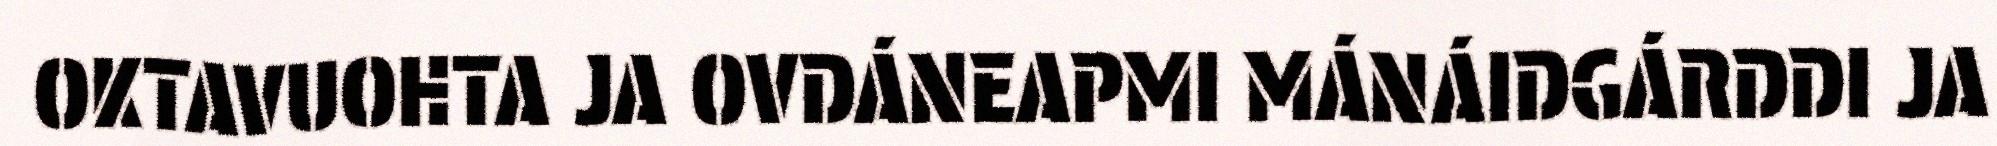
OKTAVUOHTA JA OVDÁNEAPMI MÁNÁIDGÁRDDI JA